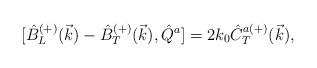
LaTeX: \begin{align*}{[}\hat{B}^{(+)}_L(\vec{k})-\hat{B}^{(+)}_T(\vec{k}),\hat{Q}^a]= 2k_0\hat{C}^{a(+)}_T(\vec{k}),\end{align*}